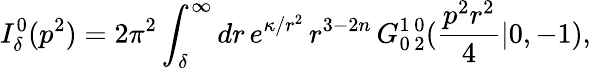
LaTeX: I_{\delta}^{0}(p^{2})=2\pi^{2}\int_{\delta}^{\infty}dr\, e^{\kappa/r^{2}}\, r^{3-2n}\, G_{0\, 2}^{1\, 0}(\frac{p^{2}r^{2}}4|0,-1),